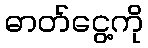
ဓာတ်ငွေ့ကို